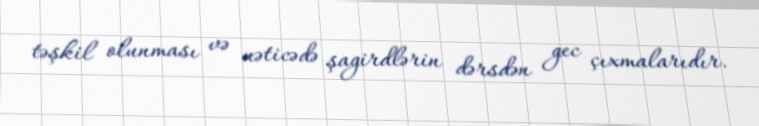
təşkil olunması və nəticədə şagirdlərin dərsdən gec çıxmalarıdır.